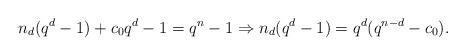
LaTeX: \begin{align*}n_{d}(q^{d}-1)+c_0q^{d}-1=q^{n}-1 \Rightarrow n_{d}(q^{d}-1)=q^{d}(q^{n-{d}}-c_0).\end{align*}